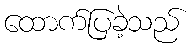
ထောက်ပြခဲ့သည်